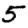
Digit: 5